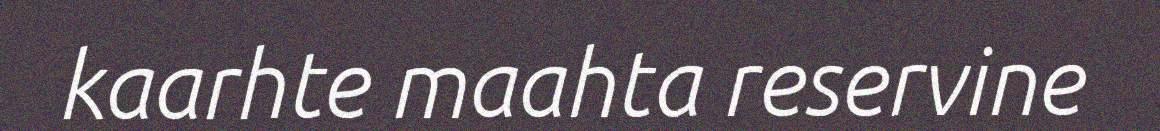
kaarhte maahta reservine